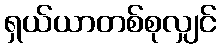
ရှယ်ယာတစ်စုလျှင်